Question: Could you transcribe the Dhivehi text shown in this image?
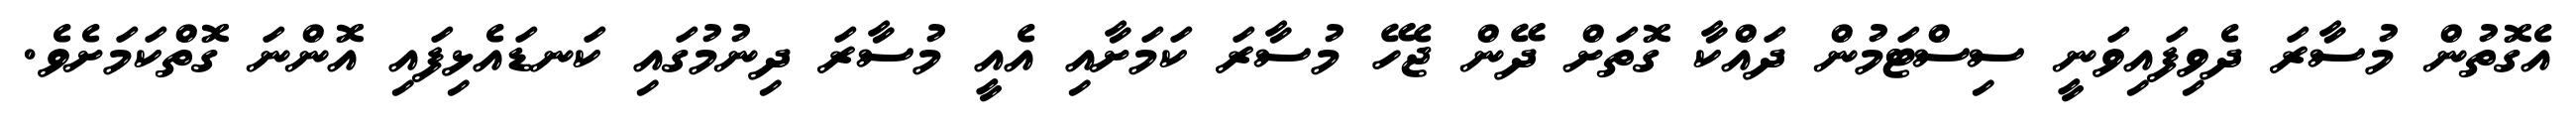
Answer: އެގޮތުން މުސާރަ ދެވިފައިވަނީ ސިސްޓަމުން ދައްކާ ގޮތަށް ދޭން ޖެހޭ މުސާރަ ކަމަށާއި އެއީ މުސާރަ ދިނުމުގައި ކަނޑައެޅިފައި އޮންނަ ގޮތްކަމަށެވެ.